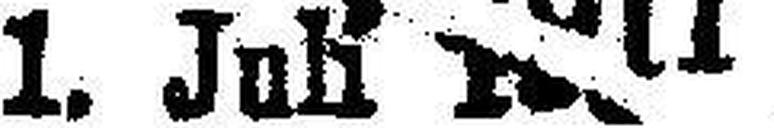
1. Juli 1911